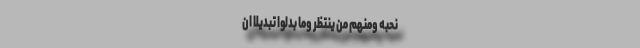
نَحْبَهُ وَمِنْهُمْ مَنْ یَنْتَظِرُ وَمَا بَدَّلُوا تَبْدِیلًا ان